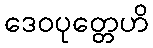
ဒေဝပုတ္တေဟိ